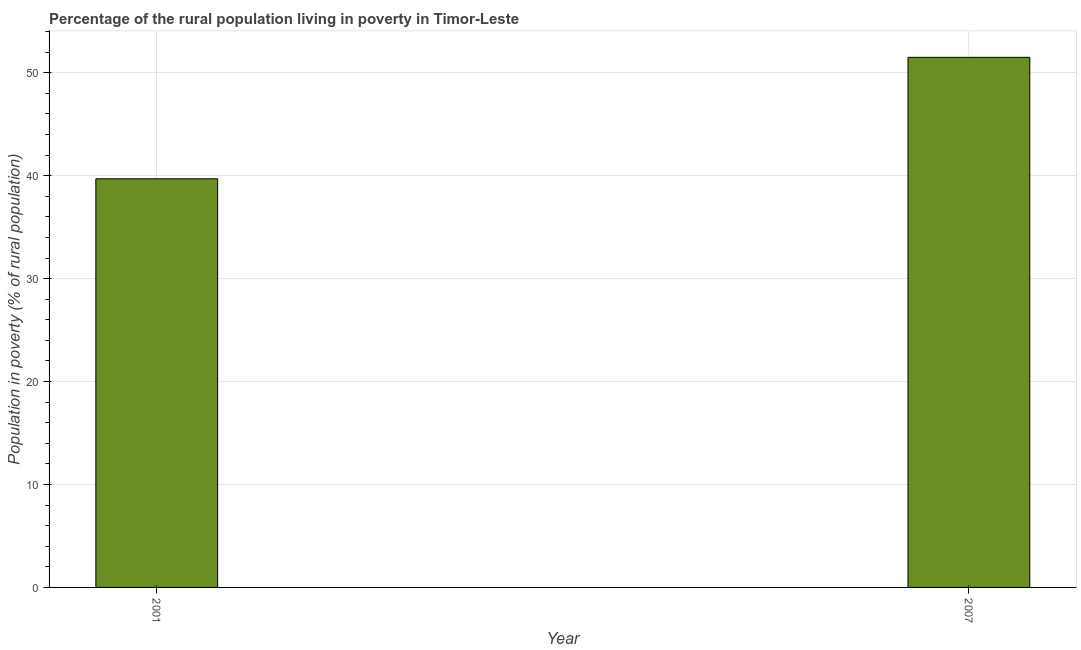
| Year | Rural poverty headcount ratio |
 | --- | --- |
 | 2001 | 39.7 |
 | 2007 | 51.5 |